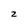
Character: 2